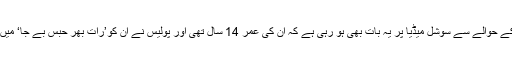
ملزم کے حوالے سے سوشل میڈیا پر یہ بات بھی ہو رہی ہے کہ ان کی عمر 14 سال تھی اور پولیس نے ان کو’رات بھر حبس بے جا‘ میں رکھا۔